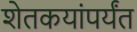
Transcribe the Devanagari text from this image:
शेतकयांपर्यंत